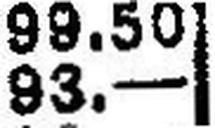
93.—